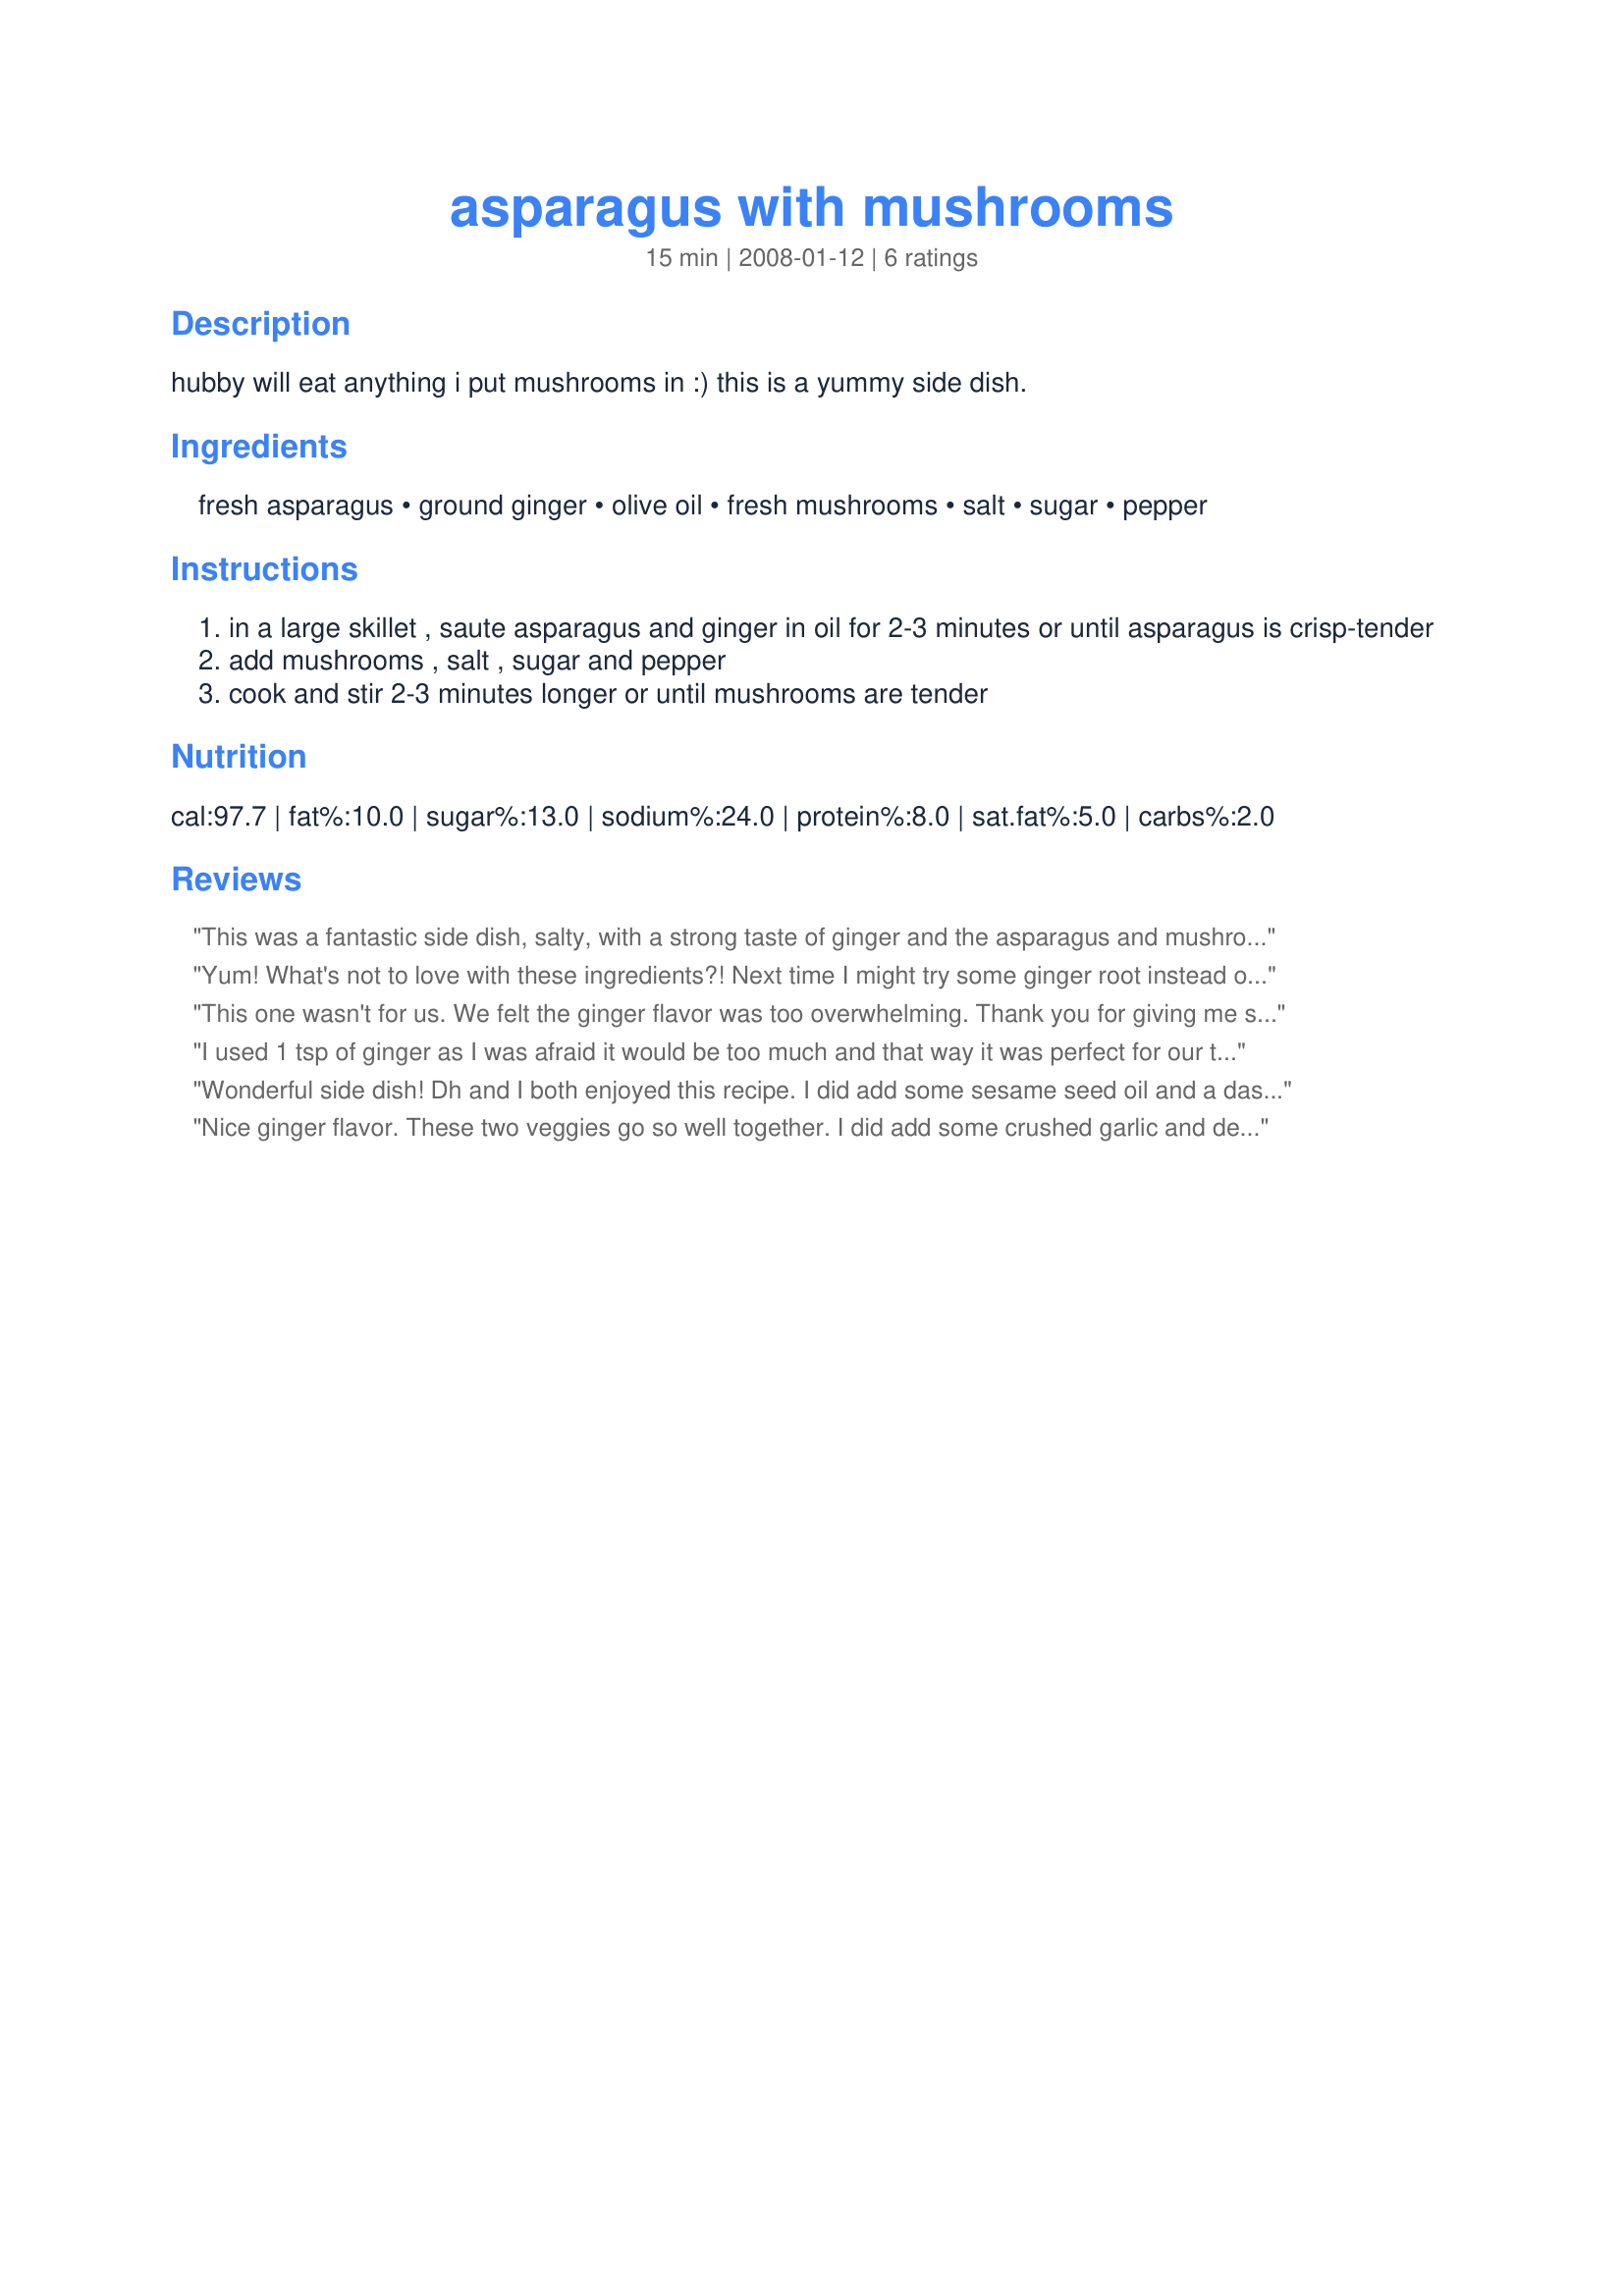
asparagus with mushrooms
Preparation time: 15 minutes

hubby will eat anything i put mushrooms in :) this is a yummy side dish.

Ingredients:
fresh asparagus, ground ginger, olive oil, fresh mushrooms, salt, sugar, pepper

Steps:
in a large skillet , saute asparagus and ginger in oil for 2-3 minutes or until asparagus is crisp-tender
add mushrooms , salt , sugar and pepper
cook and stir 2-3 minutes longer or until mushrooms are tender

Reviews:
This was a fantastic side dish, salty, with a strong taste of ginger and the asparagus and mushrooms still had a bit of crunch to them. Definitely a keeper.
Yum! What's not to love with these ingredients?! Next time I might try some ginger root instead of the ground since I love the stuff. Thanks bmcnichol for a great side dish. Made for PRMR Tag.
This one wasn't for us. We felt the ginger flavor was too overwhelming. Thank you for giving me something new to try. Made for PRMR tag.
I used 1 tsp of ginger as I was afraid it would be too much and that way it was perfect for our taste. I omitted the salt. It's so yummy. Great side dish. Thanks Bonnette :) Made for PAC Spring 2011
Wonderful side dish! Dh and I both enjoyed this recipe. I did add some sesame seed oil and a dash of teriyaki sauce to give a extra kick. I was surprised with the flavor of the ginger and sugar, I have never thought of adding those two to asparagus. Made this in my cast iron skillet. Thanks for sharing your recipe!
Nice ginger flavor. These two veggies go so well together. I did add some crushed garlic and decreased the oil to 1 tbsp. The oil reduction worked out great because the mushrooms release their water, so nothing scorched. Thanx for a great veggie dish! Yum!
